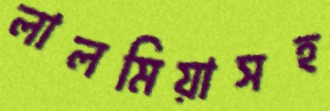
লালমিয়াসহ